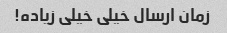
زمان ارسال خیلی خیلی زیاده!